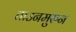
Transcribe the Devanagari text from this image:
ताउनमुरुन